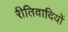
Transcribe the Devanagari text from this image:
रीतिवादियों